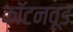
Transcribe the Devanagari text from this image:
कॉटनवूड